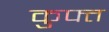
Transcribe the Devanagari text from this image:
कुफ्त